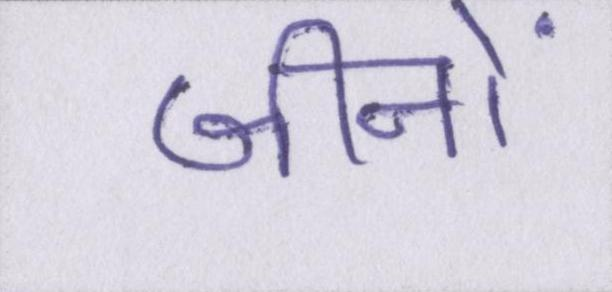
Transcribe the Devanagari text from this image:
जीनों